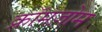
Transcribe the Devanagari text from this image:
क्रॉमज़ोम